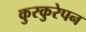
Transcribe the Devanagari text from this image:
कुरकुरेपन